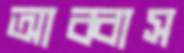
আব্বাস